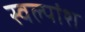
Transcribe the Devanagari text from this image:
स्वल्पांश